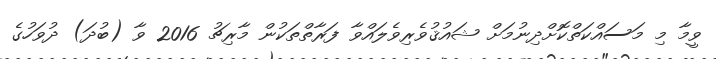
ވީމާ މި މަސައްކަތްކޮށްދިނުމަށް ޝައުޤުވެރިވެލައްވާ ފަރާތްތަކުން މާރިޗު 2016 ވާ (ބުދަ) ދުވަހުގެ